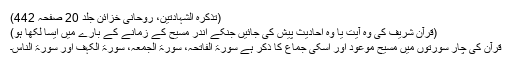
(تذکرہ الشہادتین، روحانی خزائن جلد 20 صفحہ 442)
(قرآن شریف کی وہ آیت یا وہ احادیث پیش کی جائیں جنکے اندر مسیح کے زمانے کے بارے میں ایسا لکھا ہو)
قرآن کی چار سورتوں میں مسیح موعود اور اسکی جماع کا ذکر ہے سورۃ الفاتحہ، سورۃ الجمعہ، سورۃ الکہف اور سورۃ الناس۔